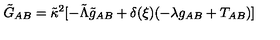
\tilde { G } _ { A B } = \tilde { \kappa } ^ { 2 } [ - \tilde { \Lambda } \tilde { g } _ { A B } + \delta ( \xi ) ( { - \lambda g _ { A B } + T _ { A B } } ) ]